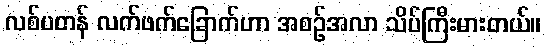
လစ်ပတန် လက်ဖက်ခြောက်ဟာ အစဉ်အလာ သိပ်ကြီးမားတယ်။